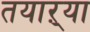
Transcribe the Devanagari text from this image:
तयाऱ्या